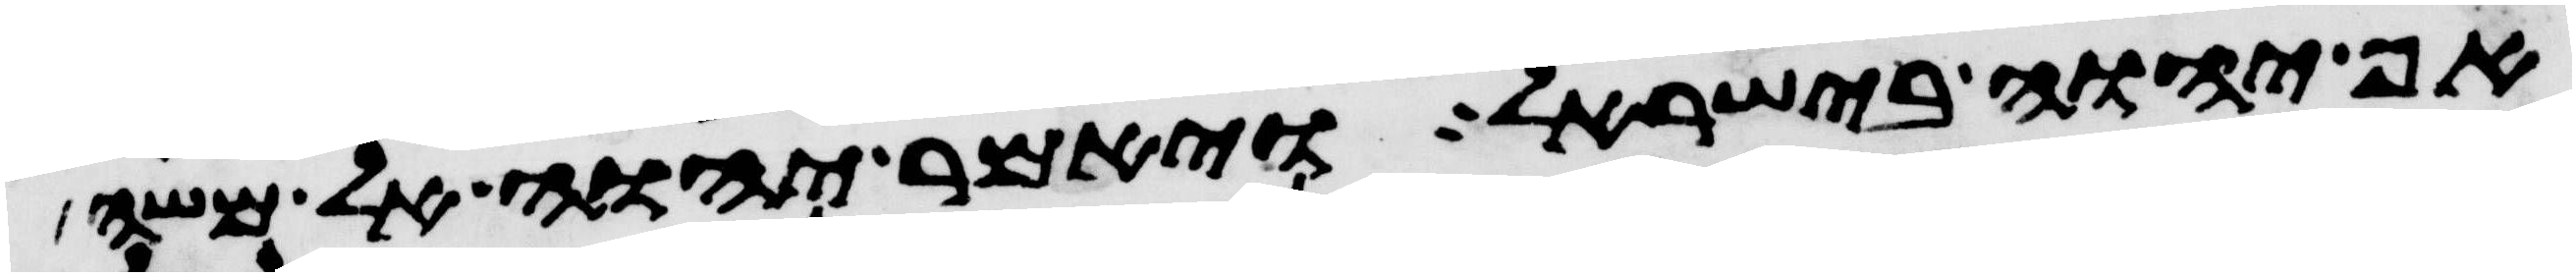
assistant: אף יהוה בישראל ויאמר יהוה אל משה